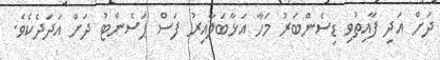
ދަށް އަދި ފާއިތުވި ޑިސެންބަރު މަހާ އަޅާބަލާއިރު ފަސް ޕަސެންޓު ދަށް އަދަދެކެވެ.